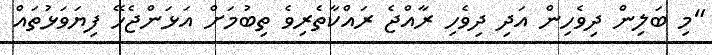
"މި ބަލިން ދިވެހިން އަދި ދިވެހި ރާއްޖެ ރައްކާތެރިވެ ތިބުމަށް އަޅަންޖެހޭ ފިޔަވަޅުތައް